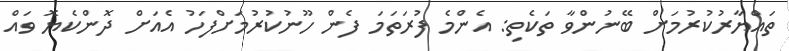
ތައްޔާރުކުރުމަށް ބޭނުންވާ ތަކެތި: އެންމެ ފުރަތަމަ ފެން ހޫނުކުރުމަށްފަހު އެއަށް ދޮންކެޔޮ ވައް